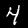
Digit: 4